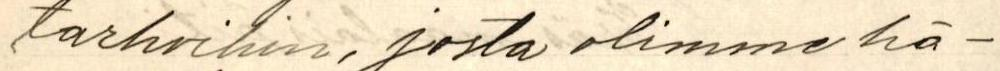
tarhoihin, josta olimme hä-